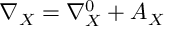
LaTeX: \nabla _ { X } = \nabla _ { X } ^ { 0 } + A _ { X }